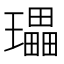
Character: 瓃